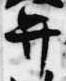
弁